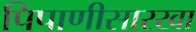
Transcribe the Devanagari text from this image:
पिपाणीसारखा